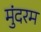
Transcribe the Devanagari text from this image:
मुंदरम